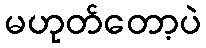
မဟုတ်တော့ပဲ